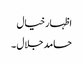
اظہارخیال
حامد جلال ۔